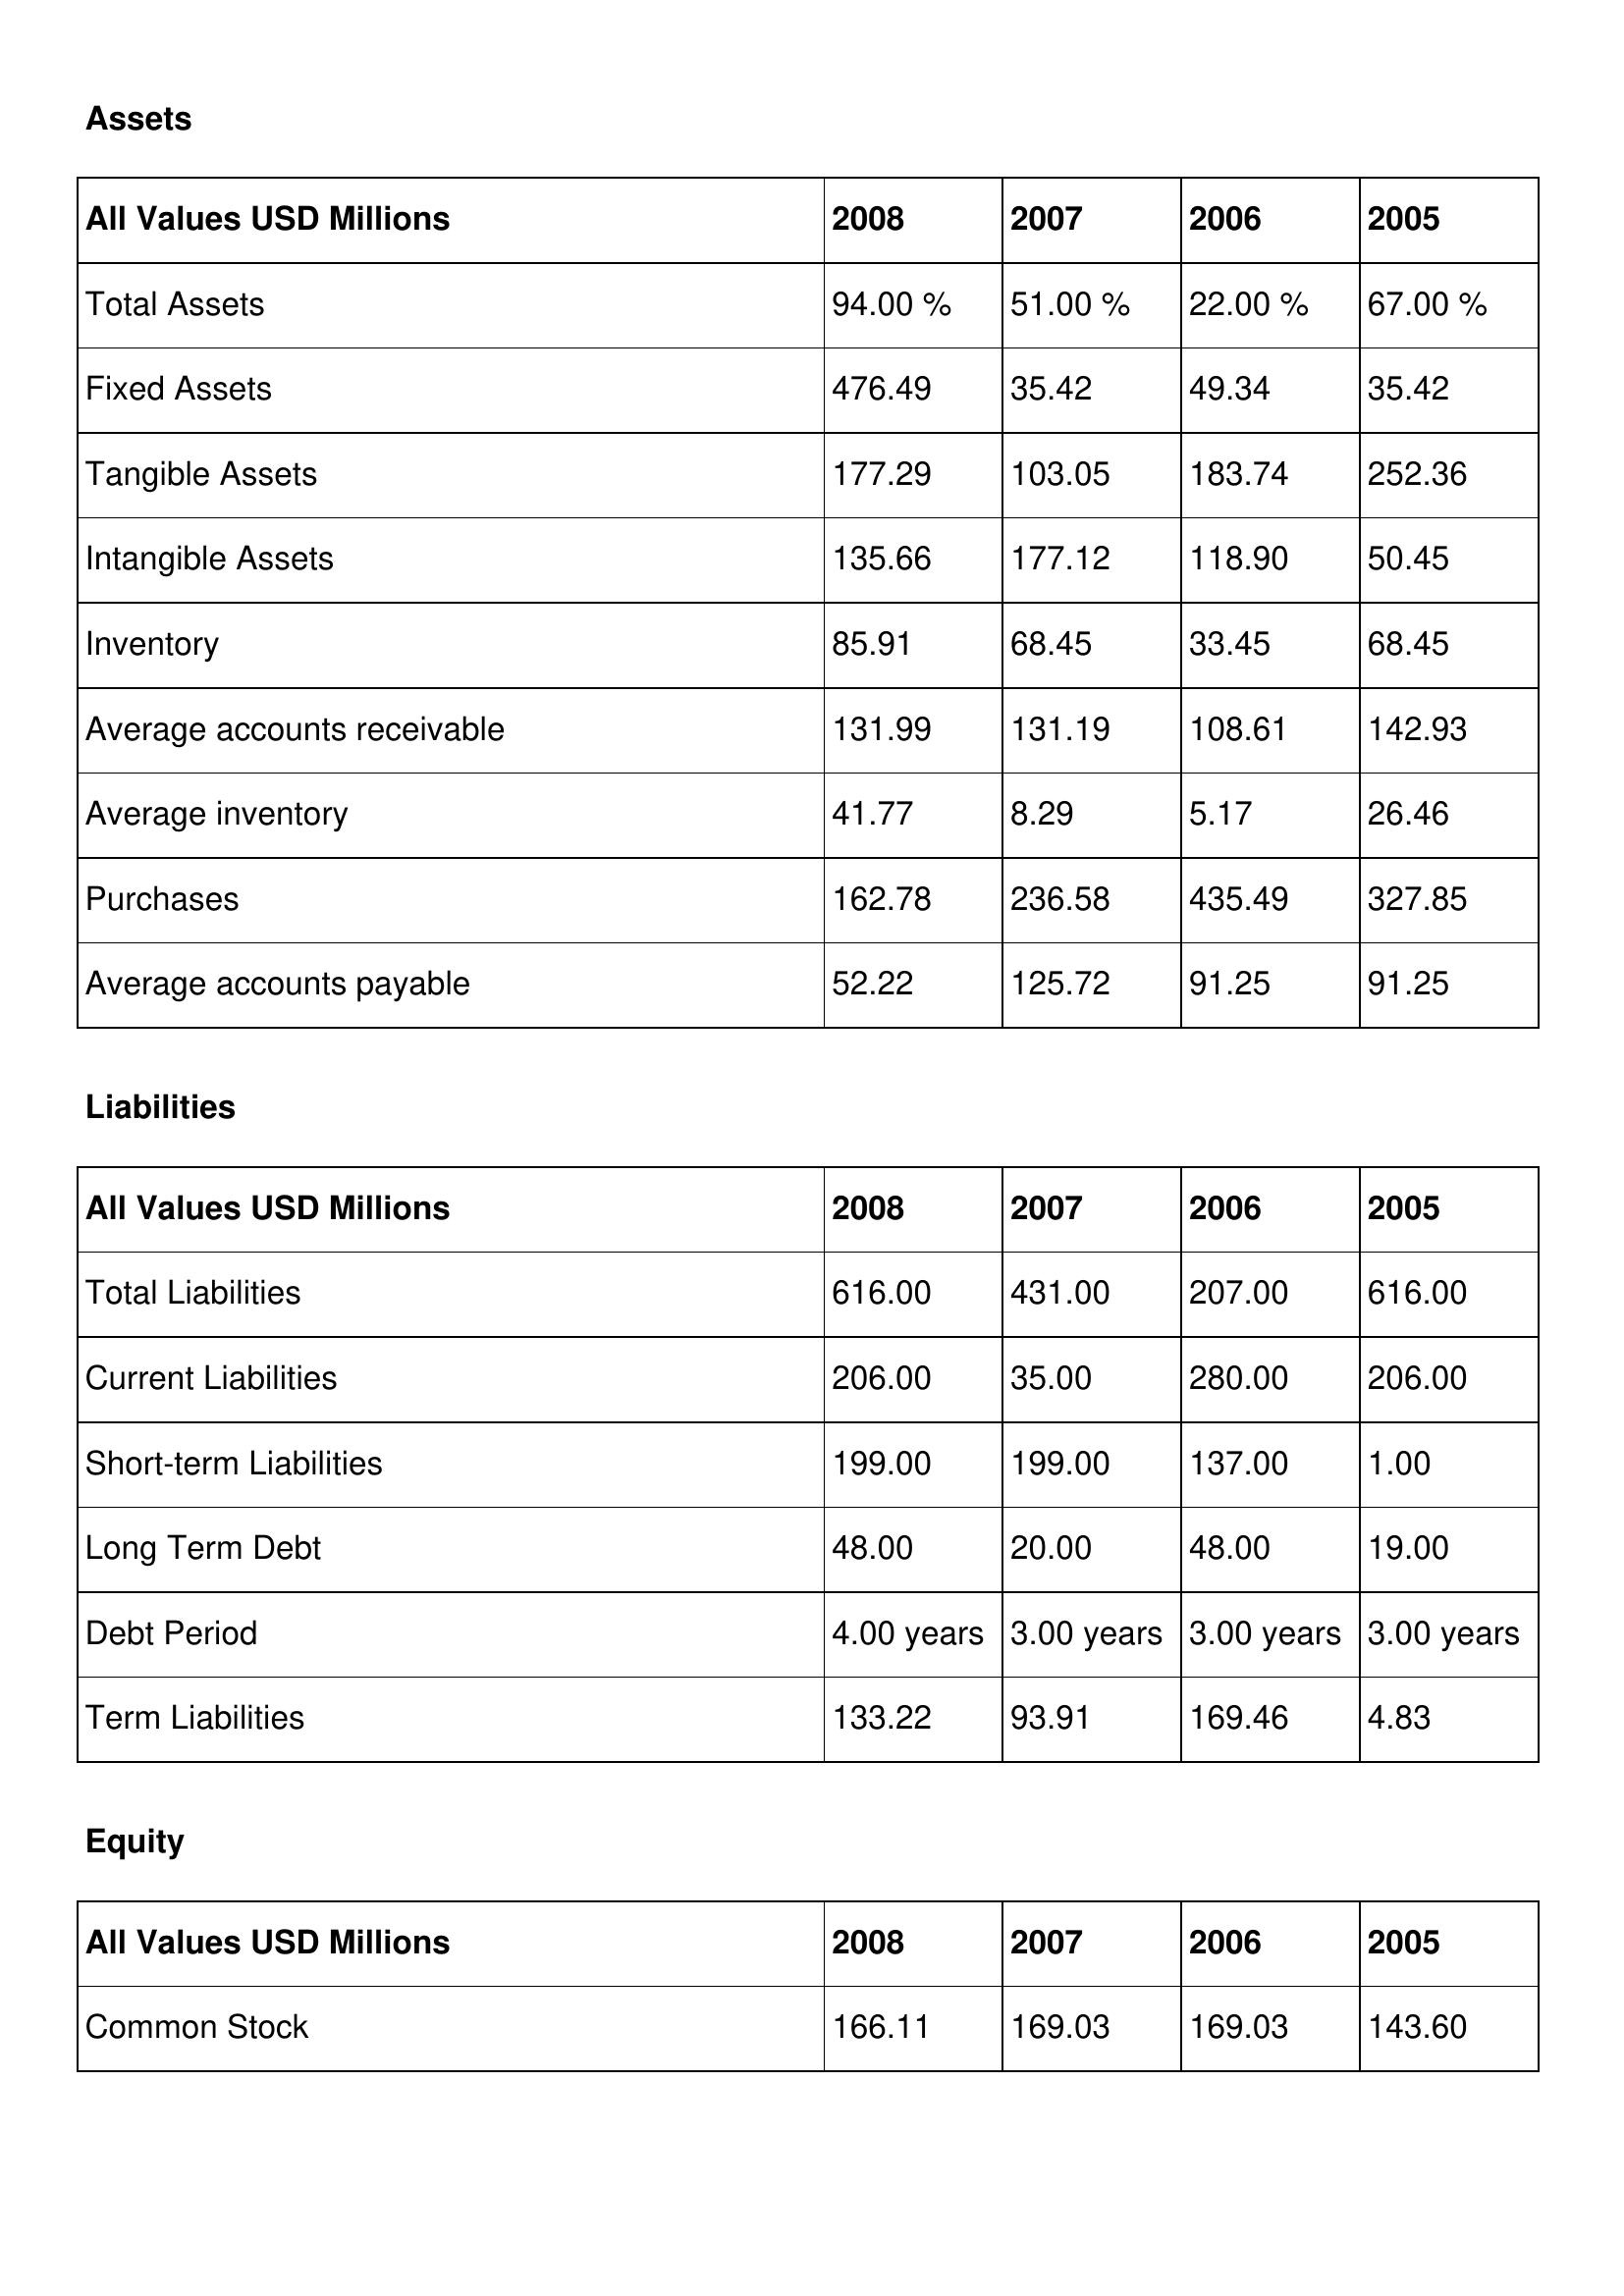
gt_parse: 2008: Assets: Total Assets: 94.00 %
Fixed Assets: 476.49
Tangible Assets: 177.29
Intangible Assets: 135.66
Inventory: 85.91
Average accounts receivable: 131.99
Average inventory: 41.77
Purchases: 162.78
Average accounts payable: 52.22
Liabilities: Total Liabilities: 616.00
Current Liabilities: 206.00
Short-term Liabilities: 199.00
Long Term Debt: 48.00
Debt Period: 4.00 years
Term Liabilities: 133.22
Equity: Common Stock: 166.11
2007: Assets: Total Assets: 51.00 %
Fixed Assets: 35.42
Tangible Assets: 103.05
Intangible Assets: 177.12
Inventory: 68.45
Average accounts receivable: 131.19
Average inventory: 8.29
Purchases: 236.58
Average accounts payable: 125.72
Liabilities: Total Liabilities: 431.00
Current Liabilities: 35.00
Short-term Liabilities: 199.00
Long Term Debt: 20.00
Debt Period: 3.00 years
Term Liabilities: 93.91
Equity: Common Stock: 169.03
2006: Assets: Total Assets: 22.00 %
Fixed Assets: 49.34
Tangible Assets: 183.74
Intangible Assets: 118.90
Inventory: 33.45
Average accounts receivable: 108.61
Average inventory: 5.17
Purchases: 435.49
Average accounts payable: 91.25
Liabilities: Total Liabilities: 207.00
Current Liabilities: 280.00
Short-term Liabilities: 137.00
Long Term Debt: 48.00
Debt Period: 3.00 years
Term Liabilities: 169.46
Equity: Common Stock: 169.03
2005: Assets: Total Assets: 67.00 %
Fixed Assets: 35.42
Tangible Assets: 252.36
Intangible Assets: 50.45
Inventory: 68.45
Average accounts receivable: 142.93
Average inventory: 26.46
Purchases: 327.85
Average accounts payable: 91.25
Liabilities: Total Liabilities: 616.00
Current Liabilities: 206.00
Short-term Liabilities: 1.00
Long Term Debt: 19.00
Debt Period: 3.00 years
Term Liabilities: 4.83
Equity: Common Stock: 143.60